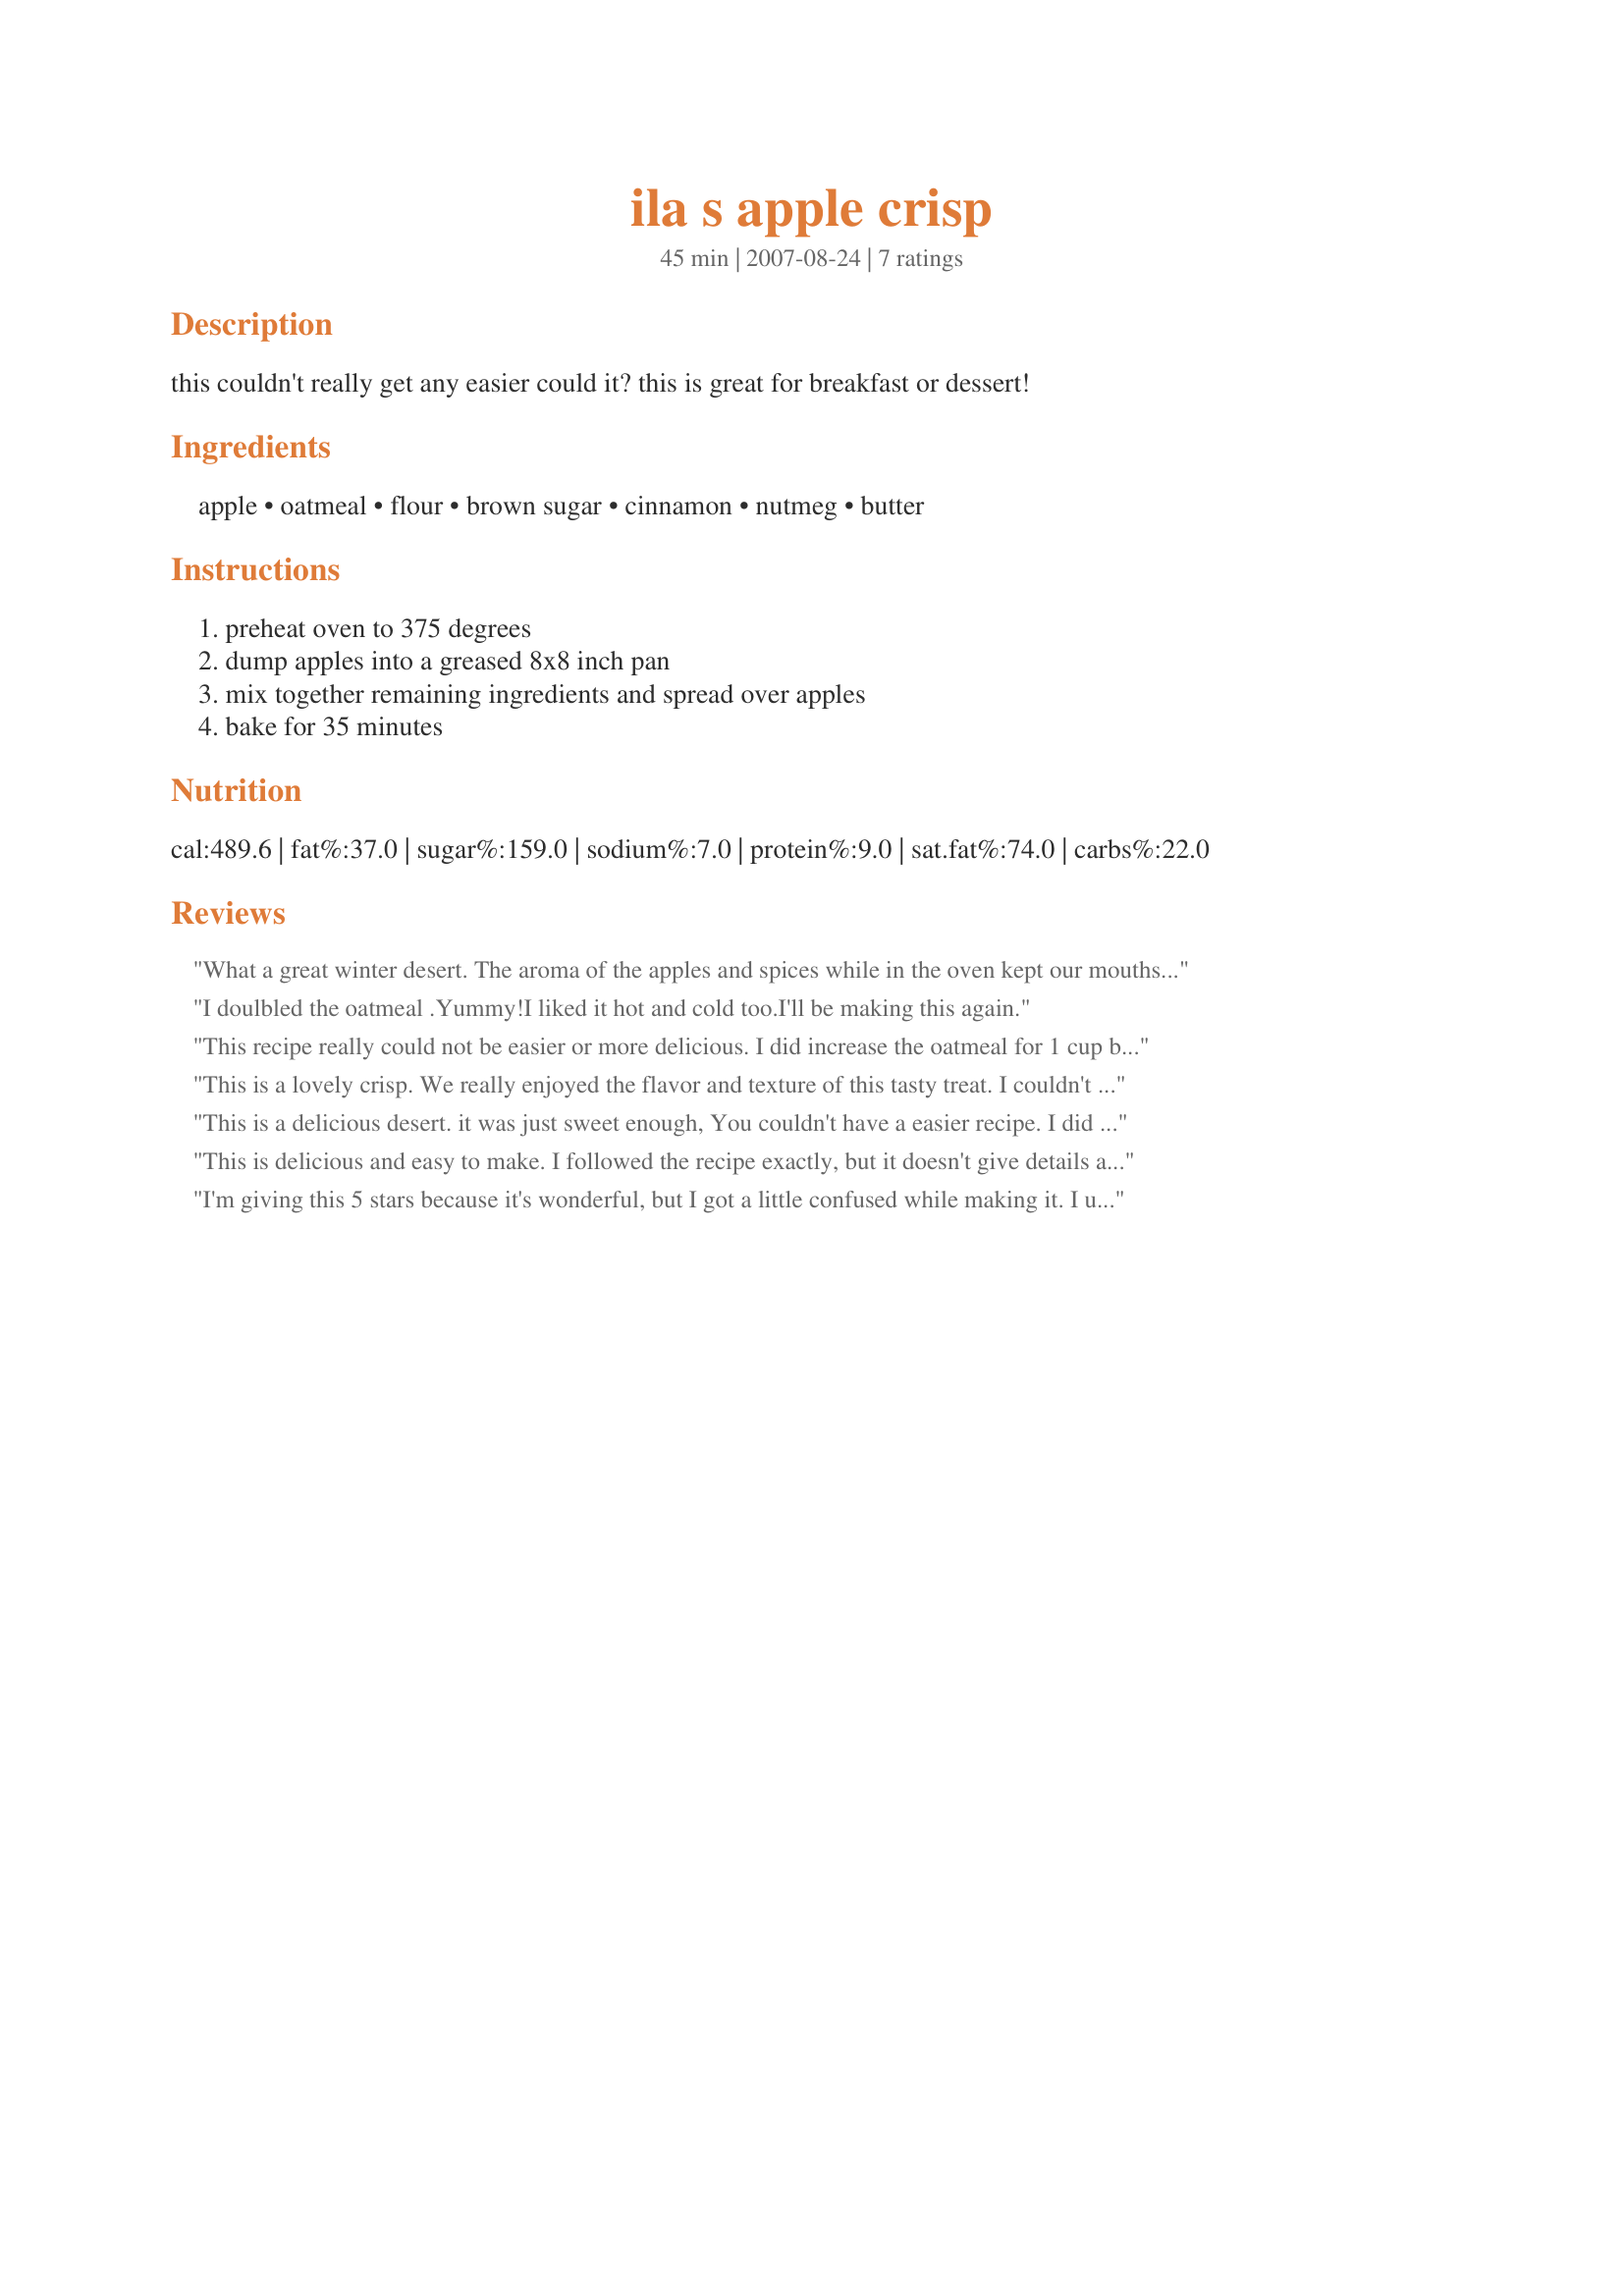
ila s apple crisp
Preparation time: 45 minutes

this couldn't really get any easier could it? this is great for breakfast or dessert!

Ingredients:
apple, oatmeal, flour, brown sugar, cinnamon, nutmeg, butter

Steps:
preheat oven to 375 degrees, dump apples into a greased 8x8 inch pan, mix together remaining ingredients and spread over apples, bake for 35 minutes

Reviews:
What a great winter desert. The aroma of the apples and spices while in the oven kept our mouths salivating. We served it with a side of vanilla ice cream. Life just doesn&#039;t get any better. Thank you Hill Family for a wonderful treat.
I doulbled the oatmeal .Yummy!I liked it hot and cold too.I'll be making this again.
This recipe really could not be easier or more delicious. I did increase the oatmeal for 1 cup because we like a little more crisp topping. This is a delicious recipe for a cool fall evening with a scoop of vanilla ice cream on top of it. Thanks for sharing this with us.
This is a lovely crisp. We really enjoyed the flavor and texture of this tasty treat. I couldn't find my 8x8 pan, so I made it in a pie pan, worked well. The apples were tender, moist, sweet and subtley spiced. The topping was crunchy and perfect, just the right amount. Thanks so much for posting. I will be making this one again.
This is a delicious desert. it was just sweet enough, You couldn't have a easier recipe.

I did double the topping. DH ate two servings.
This is delicious and easy to make. I followed the recipe exactly, but it doesn't give details about the butter, so I melted it and added it to other ingredients. It made a crunchy crust. Made for 1,2,3 hit wonders
I'm giving this 5 stars because it's wonderful, but I got a little confused while making it. I used 1 quart of sliced apples (4 cups) and when it came time to spread the topping, it wasn't enough to cover the apples, so I doubled the topping and it came out AMAZING! I will continue to make it this way, with the topping doubled. Thanks!
